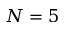
N = 5